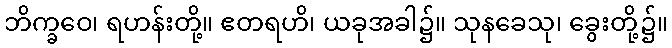
ဘိက္ခဝေ၊ ရဟန်းတို့။ ဧတရဟိ၊ ယခုအခါ၌။ သုနခေသု၊ ခွေးတို့၌။